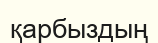
қарбыздың